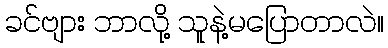
ခင်ဗျား ဘာလို့ သူနဲ့မပြောတာလဲ။